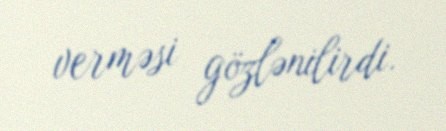
verməsi gözlənilirdi.